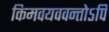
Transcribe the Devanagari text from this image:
किमवयववन्तोऽपि